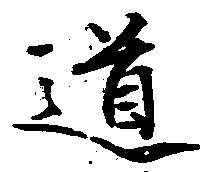
道